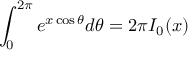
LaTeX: \int _ { 0 } ^ { 2 \pi } e ^ { x \cos \theta } d \theta = 2 \pi I _ { 0 } ( x )